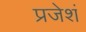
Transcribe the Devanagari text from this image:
प्रजेशं